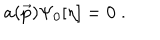
a ( \vec { p } ) \Psi _ { 0 } [ \eta ] = 0 \; .